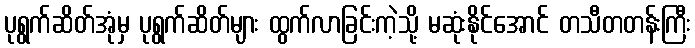
ပုရွက်ဆိတ်အုံမှ ပုရွက်ဆိတ်များ ထွက်လာခြင်းကဲ့သို့ မဆုံးနိုင်အောင် တသီတတန်းကြီး